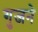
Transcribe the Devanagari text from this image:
गुजने